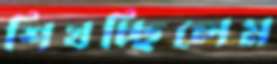
শিখচ্ছিলেম